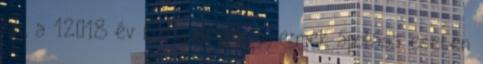
jár, a 12‐18 év közti beteg gyermek ápolása esetén